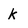
Character: k